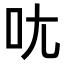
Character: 𫝘